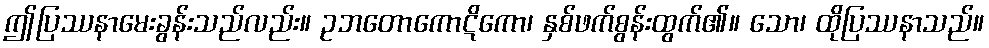
ဤပြဿနာမေးခွန်းသည်လည်း။ ဥဘတောကောဋိကော၊ နှစ်ဖက်စွန်းထွက်၏။ သော၊ ထိုပြဿနာသည်။